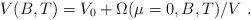
LaTeX: \begin{align*} V(B, T) = V_0+ \Omega (\mu=0,B,T)/V~.\end{align*}